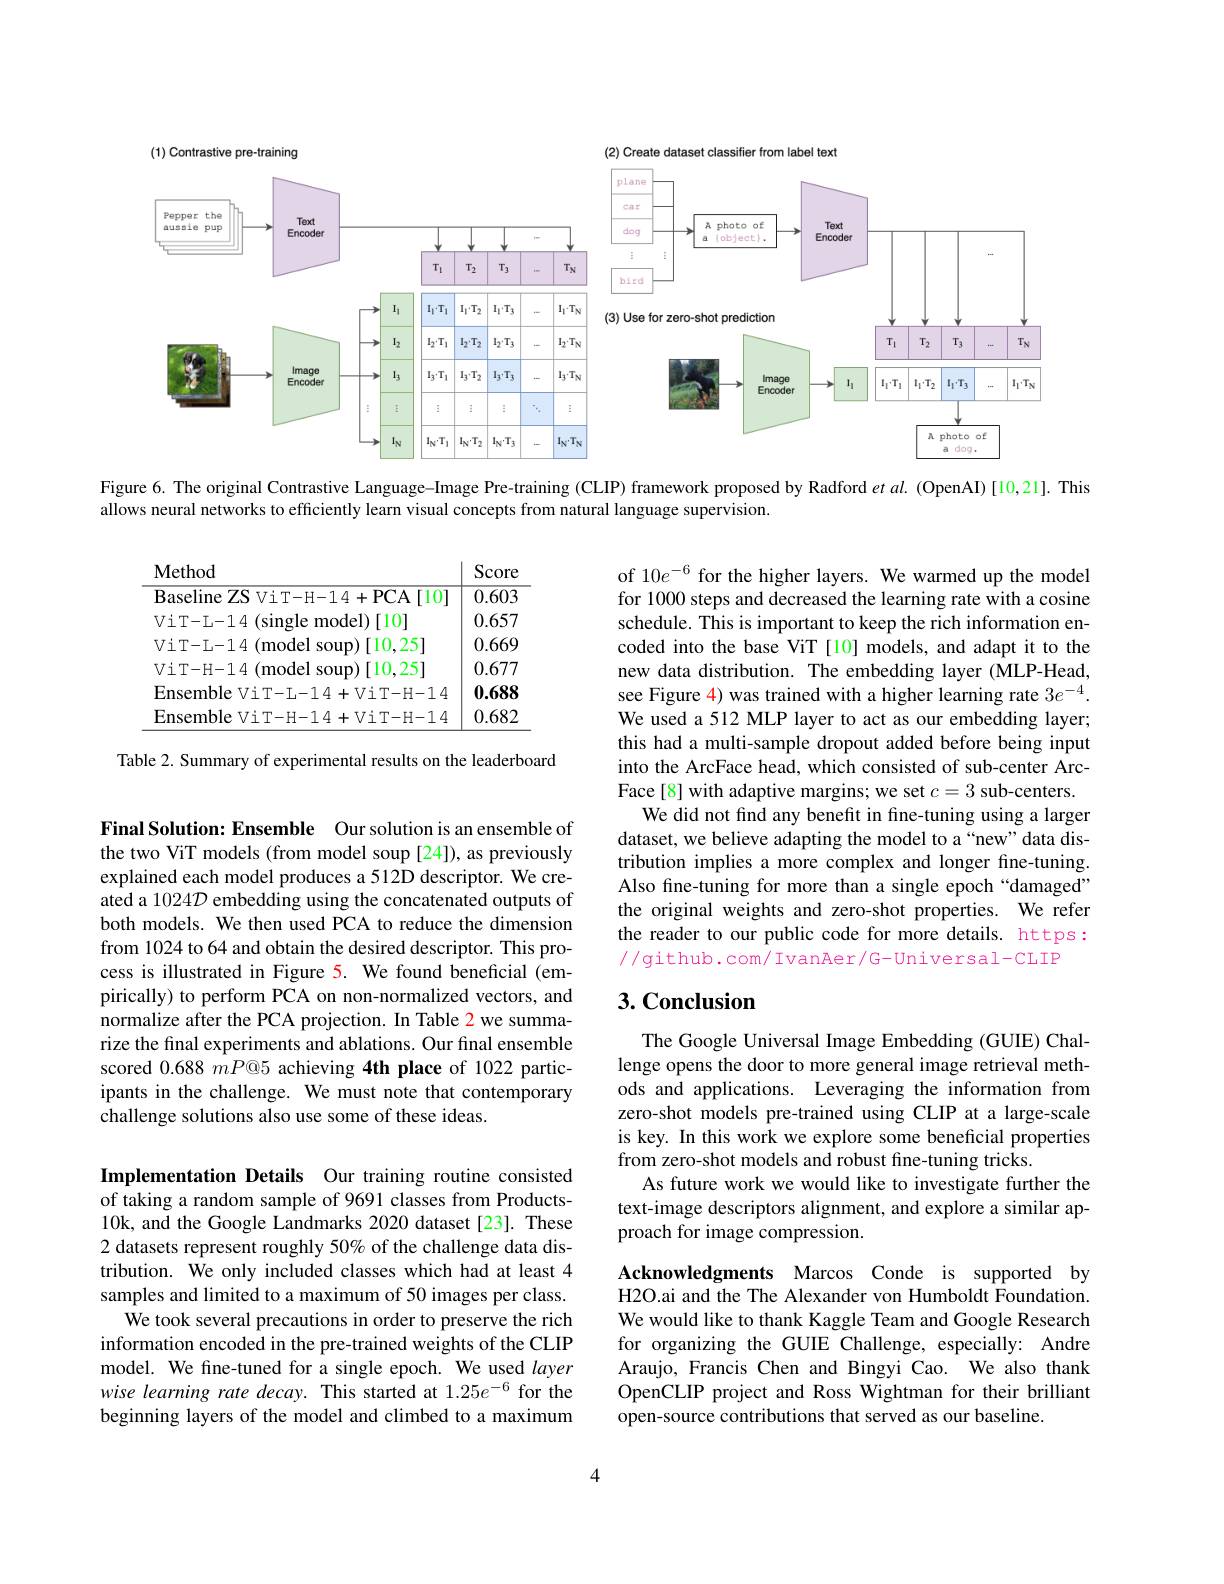
<FigureHere>

Figure 6. The original Contrastive Language-Image Pre-training (CLIP) framework proposed by Radford $et$ al. (OpenAI)[10,21]. This

allows neural networks to efficiently learn visual concepts from natural language supervision.

<table>
	<tbody>
		<tr>
			<th>$\mathbf{Method}$</th>
			<th>Score</th>
		</tr>
		<tr>
			<td>Baseline ZS ViT- H- 14+ PCA T</td>
			<td>0.603</td>
		</tr>
		<tr>
			<td>ViT-L-14(single model)「10]</td>
			<td>0.657</td>
		</tr>
		<tr>
			<td>$\operatorname{ViT-L-14}({\mathrm{model}}$soup)[10,25]</td>
			<td>0.669</td>
		</tr>
		<tr>
			<td>$\operatorname{ViT-H-14}({\mathrm{model}}$soup)$\left[10,25\right]$</td>
			<td>0.677</td>
		</tr>
		<tr>
			<td>Ensemble ViT-L-14+ViT-H-1</td>
			<td>0.688</td>
		</tr>
		<tr>
			<td>Ensemble ViT- H- 14+ ViT- H- 1</td>
			<td>0.682</td>
		</tr>
	</tbody>
</table>

Table 2. Summary of experimental results on the leaderboard

of 10$e^{-6}$ for the higher layers. We warmed up the model for 1000 steps and decreased the learning rate with a cosine schedule. This is important to keep the rich information encoded into the base ViT [10] models, and adapt it to the new data distribution. The embedding layer (MLP-Head, see Figure 4) was trained with a higher learning rate $3e^{-4}.$ We used a 512 MLP layer to act as our embedding layer; this had a multi-sample dropout added before being input into the ArcFace head, which consisted of sub-center ArcFace[8] with adaptive margins; we set $c=3$ sub-centers.
We did not find any benefit in fine-tuning using a larger dataset, we believe adapting the model to a“new” data distribution implies a more complex and longer fine-tuning. Also fine-tuning for more than a single epoch “damaged” the original weights and zero-shot properties. We refer the reader to our public code for more details. https: //github.com/ IvanAer/G-Universal-CLIP

Final Solution: Ensemble Our solution is an ensemble of the two ViT models (from model soup [24]), as previously explained each model produces a 512D descriptor. We created a 1024D embedding using the concatenated outputs of both models. We then used PCA to reduce the dimension from 1024 to 64 and obtain the desired descriptor. This process is illustrated in Figure 5. We found beneficial (empirically) to perform PCA on non-normalized vectors, and normalize after the PCA projection. In Table 2 we summarize the final experiments and ablations. Our final ensemble scored $0.688mP@5$ achieving 4th place of 1022 participants in the challenge. We must note that contemporary challenge solutions also use some of these ideas.

## $3. \textbf{Conclusion}$

The Google Universal Image Embedding (GUIE) Challenge opens the door to more general image retrieval methods and applications. Leveraging the information from zero-shot models pre-trained using CLIP at a large-scale is key. In this work we explore some beneficial properties from zero-shot models and robust fine-tuning tricks.
As future work we would like to investigate further the text-image descriptors alignment, and explore a similar approach for image compression.

Implementation Details Our training routine consisted of taking a random sample of 9691 classes from Products- 10k, and the Google Landmarks 2020 dataset [23]. These 2 datasets represent roughly 50% of the challenge data distribution. We only included classes which had at least 4 samples and limited to a maximum of 50 images per class.
We took several precautions in order to preserve the rich information encoded in the pre-trained weights of the CLIP model. We fine-tuned for a single epoch. We used layer wise learning rate decay. This started at 1.25e° for the beginning layers of the model and climbed to a maximum

Acknowledgments Marcos Conde is supported by H2O.ai and the The Alexander von Humboldt Foundation. We would like to thank Kaggle Team and Google Research for organizing the GUIE Challenge, especially: Andre Araujo, Francis Chen and Bingyi Cao. We also thank OpenCLIP project and Ross Wightman for their brilliant open-source contributions that served as our baseline.

4